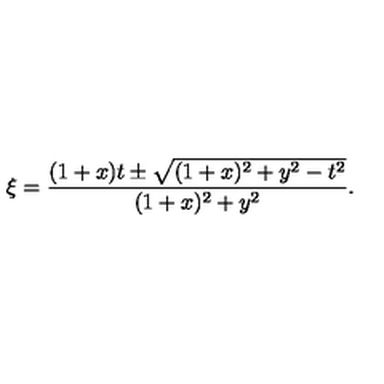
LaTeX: \xi = \frac { ( 1 + x ) t \pm \sqrt { ( 1 + x ) ^ { 2 } + y ^ { 2 } - t ^ { 2 } } } { ( 1 + x ) ^ { 2 } + y ^ { 2 } } .